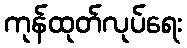
ကုန်ထုတ်လုပ်ရေး